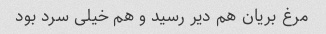
مرغ بریان هم دیر رسید و هم خیلی سرد بود